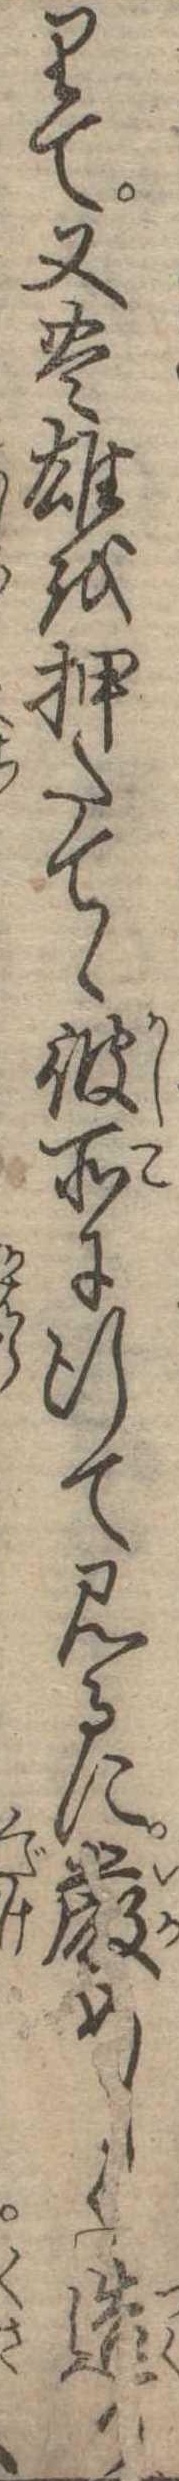
りて又豊雄を押たてゝ彼所に行て見るに厳めしく造り